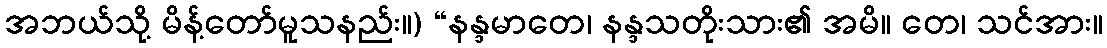
အဘယ်သို့ မိန့်တော်မူသနည်း။) “နန္ဒမာတေ၊ နန္ဒသတိုးသား၏ အမိ။ တေ၊ သင်အား။